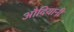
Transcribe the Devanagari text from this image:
औदियानी